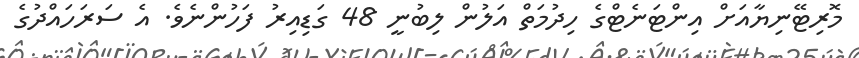
މޮރިޓޭނިޔާއަށް އިންޓަނެޓްގެ ހިދުމަތް އަލުން ލިބުނީ 48 ގަޑިއިރު ފަހުންނެވެ. އެ ސަރަހައްދުގެ